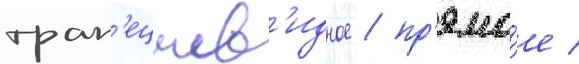
трап'ециев'идное / пр'ямо́е /